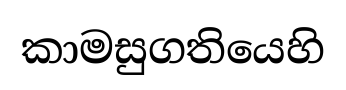
කාමසුගතියෙහි